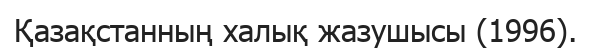
Қазақстанның халық жазушысы (1996).